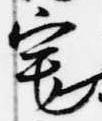
宅